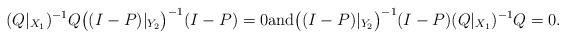
LaTeX: \begin{align*}(Q|_{X_1})^{-1} Q \big( (I-P)|_{Y_2} \big)^{-1} (I-P) = 0 \mbox{and} \big( (I-P)|_{Y_2} \big)^{-1} (I-P)(Q|_{X_1})^{-1} Q = 0.\end{align*}